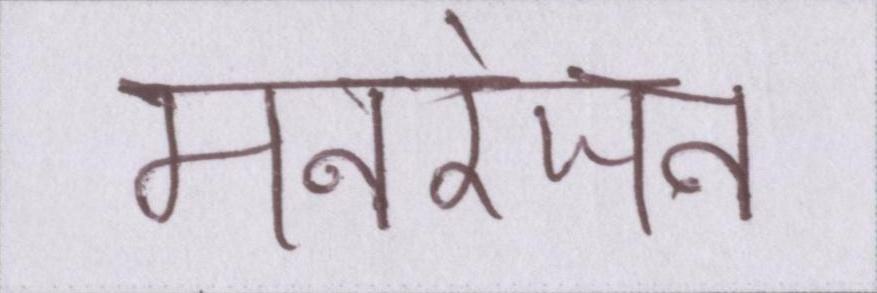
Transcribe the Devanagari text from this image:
मनरंजन